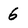
Character: 6